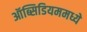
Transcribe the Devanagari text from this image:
ऑब्सिडियममध्ये